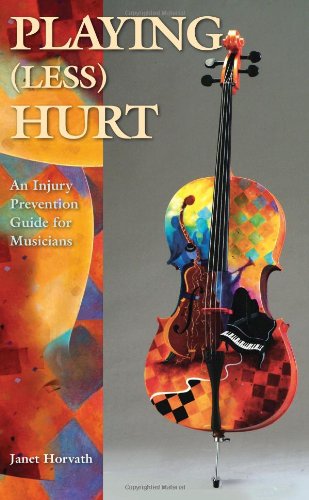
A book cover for Playing Less Hurt: An Injury Prevention Guide for Musicians; Janet Horvath; Health, Fitness & Dieting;